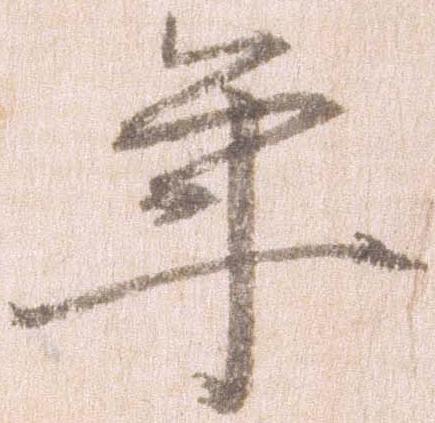
年